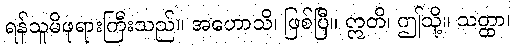
ရန်သူမိဖုရားကြီးသည်။ အဟောသိ၊ ဖြစ်ပြီ။ ဣတိ၊ ဤသို့။ သတ္ထာ၊